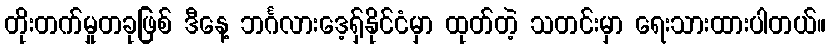
တိုးတက်မှုတခုဖြစ် ဒီနေ့ ဘင်္ဂလားဒေ့ရှ်နိုင်ငံမှာ ထုတ်တဲ့ သတင်းမှာ ရေးသားထားပါတယ်။